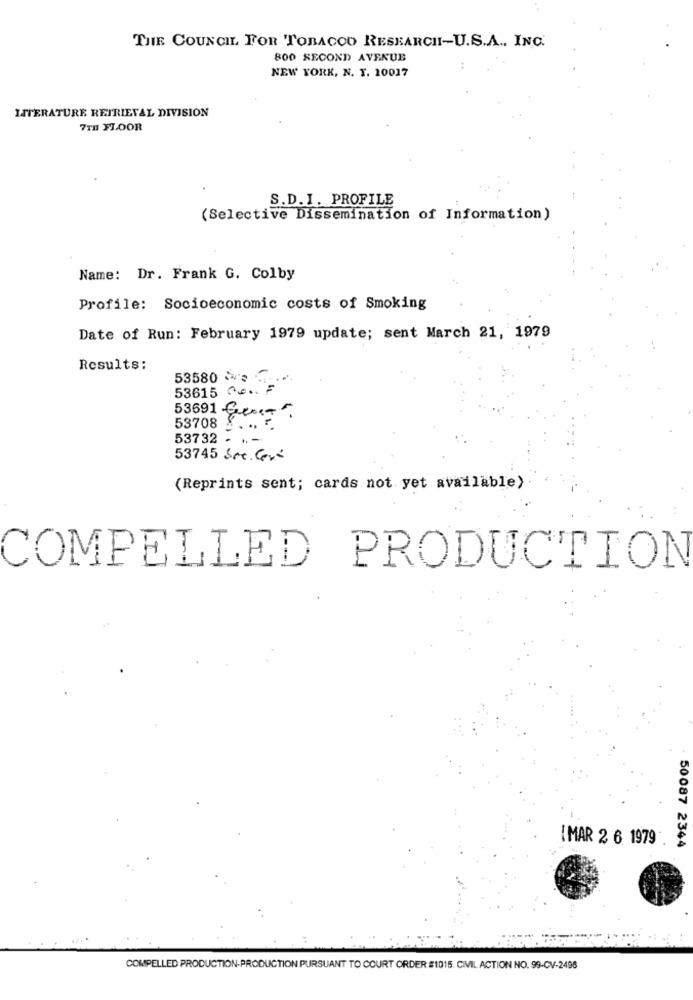
THE COUNCIL FOR TOBACCO RESEARCHI-U.S.A ., INC.
800 SECOND AVENUE
NEW YORK, N. T. 10017
LITERATURE RETRIEVAL DIVISION
7TH FLOOR
S.D. I. PROFILE
(Selective Dissemination of Information)
Name: Dr. Frank G. Colby
Profile: Socioeconomic costs of Smoking
Date of Run: February 1979 update; sent March 21, 1979
Results:
53580 ve
53615 Ce .. .
53691 Gensa
53708
53732 .
53745 See. Cerá
(Reprints sent; cards not yet available)
COMPELLED PRODUCTION
IMAR 2 6 1979
50087 2344
COMPELLED PRODUCTION-PRODUCTION PURSUANT TO COURT ORDER #1015. CIVIL ACTION NO. 99-CV-2498